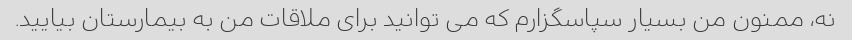
نه، ممنون من بسیار سپاسگزارم که می توانید برای ملاقات من به بیمارستان بیایید.